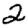
Digit: 2